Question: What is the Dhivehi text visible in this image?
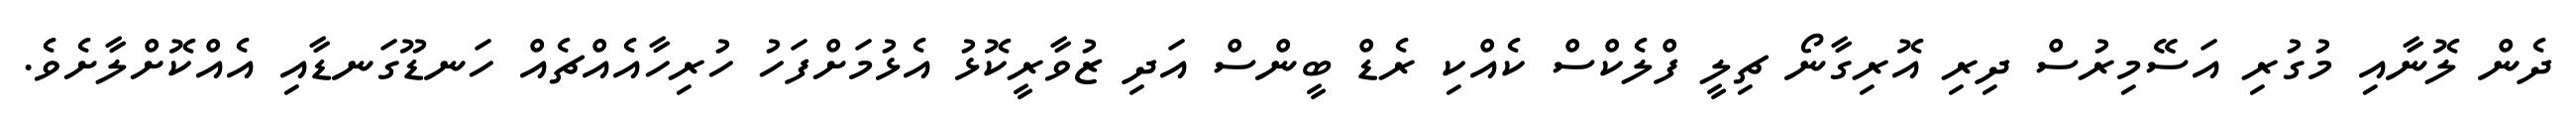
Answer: ދެން ލޮނާއި މުގުރި އަސޭމިރުސް ދިރި އޮރިގާނޯ ޗިލީ ފްލެކްސް ކެއްކި ރެޑް ބީންސް އަދި ޒުވާރީކޮޅު އެޅުމަށްފަހު ހުރިހާއެއްޗެއް ހަނޑޫގަނޑާއި އެއްކޮށްލާށެވެ.